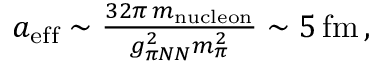
\begin{array} { r } { a _ { \mathrm { e f f } } \sim \frac { 3 2 \pi \, m _ { \mathrm { n u c l e o n } } } { g _ { \pi N N } ^ { 2 } m _ { \pi } ^ { 2 } } \sim 5 \, \mathrm { f m } \, , } \end{array}